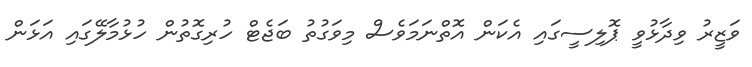
ވަޒީރު ވިދާޅުވީ ޕޮލިސީގައި އެކަން އޮތްނަމަވެސް މިވަގުތު ބަޖެޓް ހުރިގޮތުން ހުޅުމާލޭގައި އަޅަން